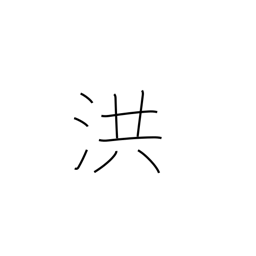
Meaning: flood